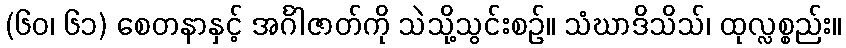
(၆၀၊ ၆၁) စေတနာနှင့် အင်္ဂါဇာတ်ကို သဲသို့သွင်းစဉ်။ သံဃာဒိသိသ်၊ ထုလ္လစ္စည်း။